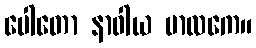
ပေါတော နာဝါယ ဗာလကေ။